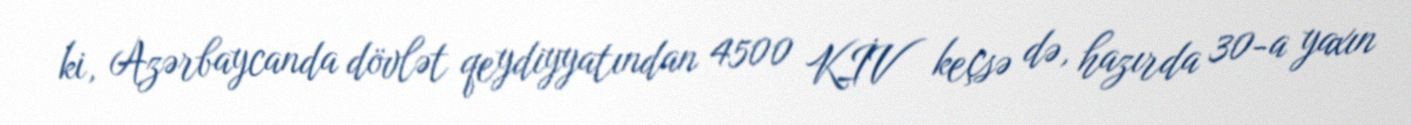
ki, Azərbaycanda dövlət qeydiyyatından 4500 KİV keçsə də, hazırda 30-a yaxın